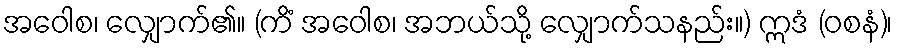
အဝေါစ၊ လျှောက်၏။ (ကိံ အဝေါစ၊ အဘယ်သို့ လျှောက်သနည်း။) ဣဒံ (ဝစနံ)၊